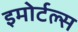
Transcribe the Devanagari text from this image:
इमोर्टल्स